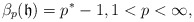
\begin{align*} \beta_p(\mathfrak{h})=p^*-1,1<p<\infty,\end{align*}